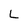
Character: L